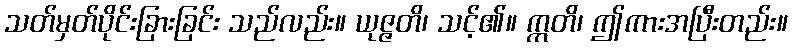
သတ်မှတ်ပိုင်းခြားခြင်း သည်လည်း။ ယုဇ္ဇတိ၊ သင့်၏။ ဣတိ၊ ဤကားအပြီးတည်း။